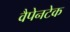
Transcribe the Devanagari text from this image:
वैपेनटेक